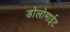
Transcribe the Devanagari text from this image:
डोलोमाईट